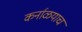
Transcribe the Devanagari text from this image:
कर्नाळयाचं